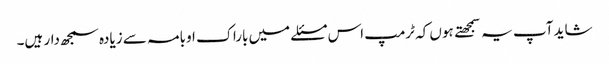
شاید آپ یہ سمجهتے ہوں کہ ٹرمپ اس مسئلے میں باراک اوبامہ سے زیادہ سمجھ دار ہیں۔